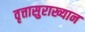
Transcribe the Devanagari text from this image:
वृत्तासुराख्यान